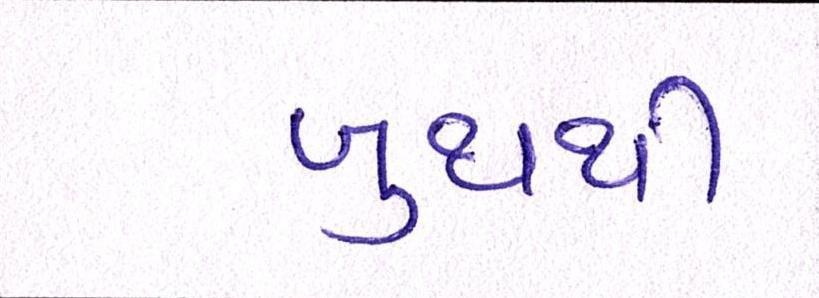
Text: બુથથી